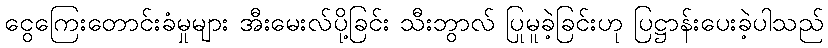
ငွေကြေးတောင်းခံမှုများ အီးမေးလ်ပို့ခြင်း သီးဘွာလ် ပြုမူခဲ့ခြင်းဟု ပြဋ္ဌာန်းပေးခဲ့ပါသည်